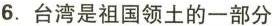
6. 台湾是祖国领土的一部分